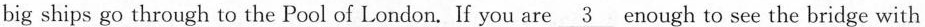
big ships go through to the Pool of London. If you are\unerline{3} enough to see the bridge with